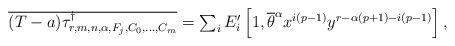
\begin{align*}\textstyle \overline{(T - a) \smash{\tau_{r,m,n,\alpha,F_j,C_0,\ldots,C_{m}}^{\dagger}}} & \textstyle = \sum_i E_i' \left[1,\overline \theta^\alpha x^{i(p-1)}y^{r-\alpha(p+1)-i(p-1)}\right],\end{align*}